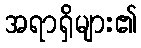
အရာရှိများ၏